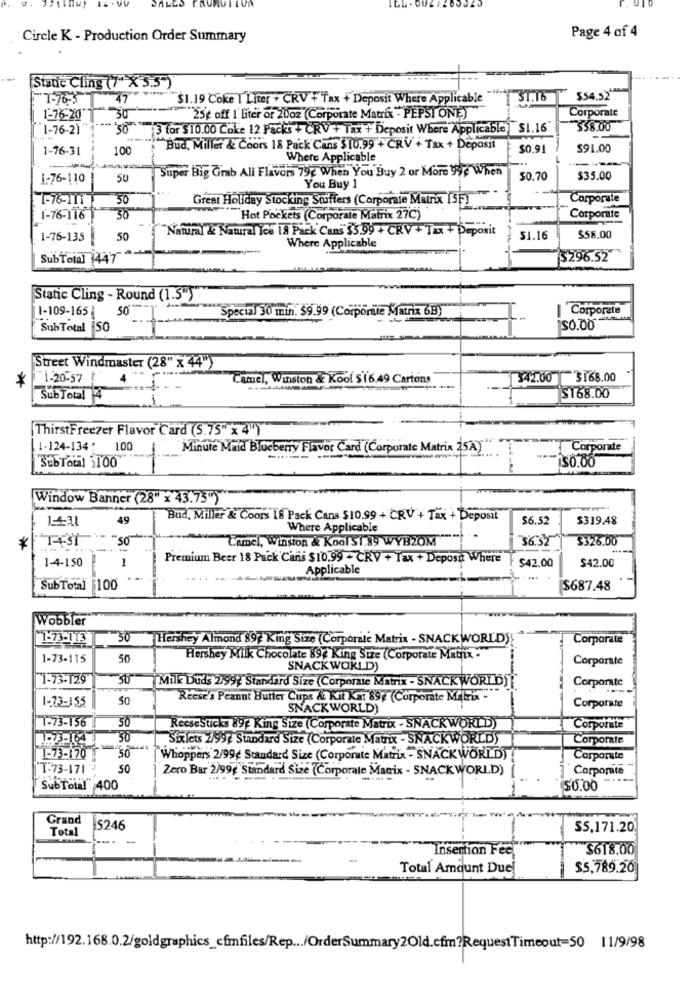
Page 4 of 4
Circle K - Production Order Summary
Static Cling (7" X 5.5")
"1-76-3
47
"$1.19 Coke I Liter + CRV + Tax + Deposit Where Applicable
ST.16
$54.52"
Corporate
1-76-20"
25¢ off I' liter or 20oz (Corporate Matrix - PEPSI ONE)
1-76-2)
13 for $10.00 Coke 12 Packs + CRV + Tax + Deposit Where Applicable]
$1.16
$58.00
1-76-31
100
Bud, Millet & Coors 18 Pack Cans $10.99 + CRV + Tax + Deposit
$0.91
$91.00
Where Applicable
Super Big Grab Ali Flavors 79g When You Buy 2 or More 99¢ When
1.76-110
SU
50.70
$35.00
You Buy 1
1-76-111
Great Holiday Stocking Stuffers (Corporate Matrix [5F)
Corporate
1-76-116
30
Hot Pockets (Corporate Matrix 27℃)
Corporate
"Natural & Natural Ice 18 Pack Cans $5.99 + CRV + Tax + Deposit
1-76-135
50
$1.16
$58.00
Where Applicable
SubTotal 447
5296.52
Static Cling - Round (1.5")
1-109-165 50"
Special 30 min. $9.99 (Corporate Matrix 6B)
| Corporate
--
Sub Total |50
150.00
Street Windmaster (28" x 44")
1-20-57
Camel, Winston & Kool $ 16.49 Cartons
342.00 3168.00
*
SubTotal 4
-
$168.00
ThirstFreezer Flavor Card (5.75" x 4")
1-124-134: 100
--
Minute Maid Blueberry Flavor Card (Corporate Matrix 25A)
Corporate
SubTotal 3100
Window Banner (28" x 43.75")
49
Bud, Miller & Coors 18 Pack Cans $10.99 + CRV + Tax + Deposit
$6.52
$319.48
Where Applicable
SO
Camel, Winston & Kool $1.89 WYB2OM
36.52
$326.00
*
1-4-150
1
Premium Beer 18 Puck Cans $10.99 + CRV + Tax + Deposit Where
$42.00
Applicable
$42.00
SubTotal
$100
$687.48
Wobbler
1-73-113
30
Hershey Almond 897 King Size (Corporate Matrix - SNACKWORLD)!
Corporate
1-73-115
50
Hershey Milk Chocolate 897 King Size (Corporate Matrix-
Corporate
SNACKWORLD)
1-73-129
30
Milk Duds 299₺ Standard Size (Corporate Matrix - SNACK WORLD)
Corporate
1-73-355
SO
Reese's Peanut Butter Cups At Kit Kat 897 (Corporate Milrix -
SNACKWORLD)
Corporate
T-73-156
50
Reesesticks 89g King Size (Corporate Matrix - SNACKWORLD)
Corporate
30
Sixlets 2/997 Standard Size (Corporate Matrix - SNACKWORLD)
Corporate
50
1-73-170
Whoppers 2/99¢ Standard Size (Corporate Matrix - SNACKWORLD)
Corporate
"T-73-171
50
Zero Bar 2/99€ Standard Size (Corporate Magix - SNACK WORLD)
Corporate
SubTotal" 400
$0.00
Grand
Total
5246
$5,171.20
--.
Insertion Feel
$618.00
Total Amount Due
$5,789.26
http://192.168.0.2/goldgraphics_cfmfiles/Rep ... /OrderSummary2Old.cfm?RequestTimeout=50 11/9/98